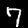
Digit: 7